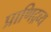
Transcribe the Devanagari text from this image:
प्राणिद्रव्य